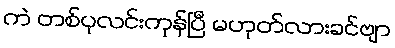
ကဲ တစ်ပုလင်းကုန်ပြီ မဟုတ်လားခင်ဗျာ